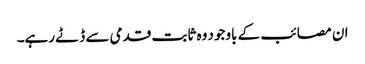
ان مصائب کے باوجود وہ ثابت قدمی سے ڈٹے رہے۔